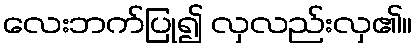
လေးဘက်ပြု၍ လှလည်းလှ၏။